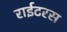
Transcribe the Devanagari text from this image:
राईटरस